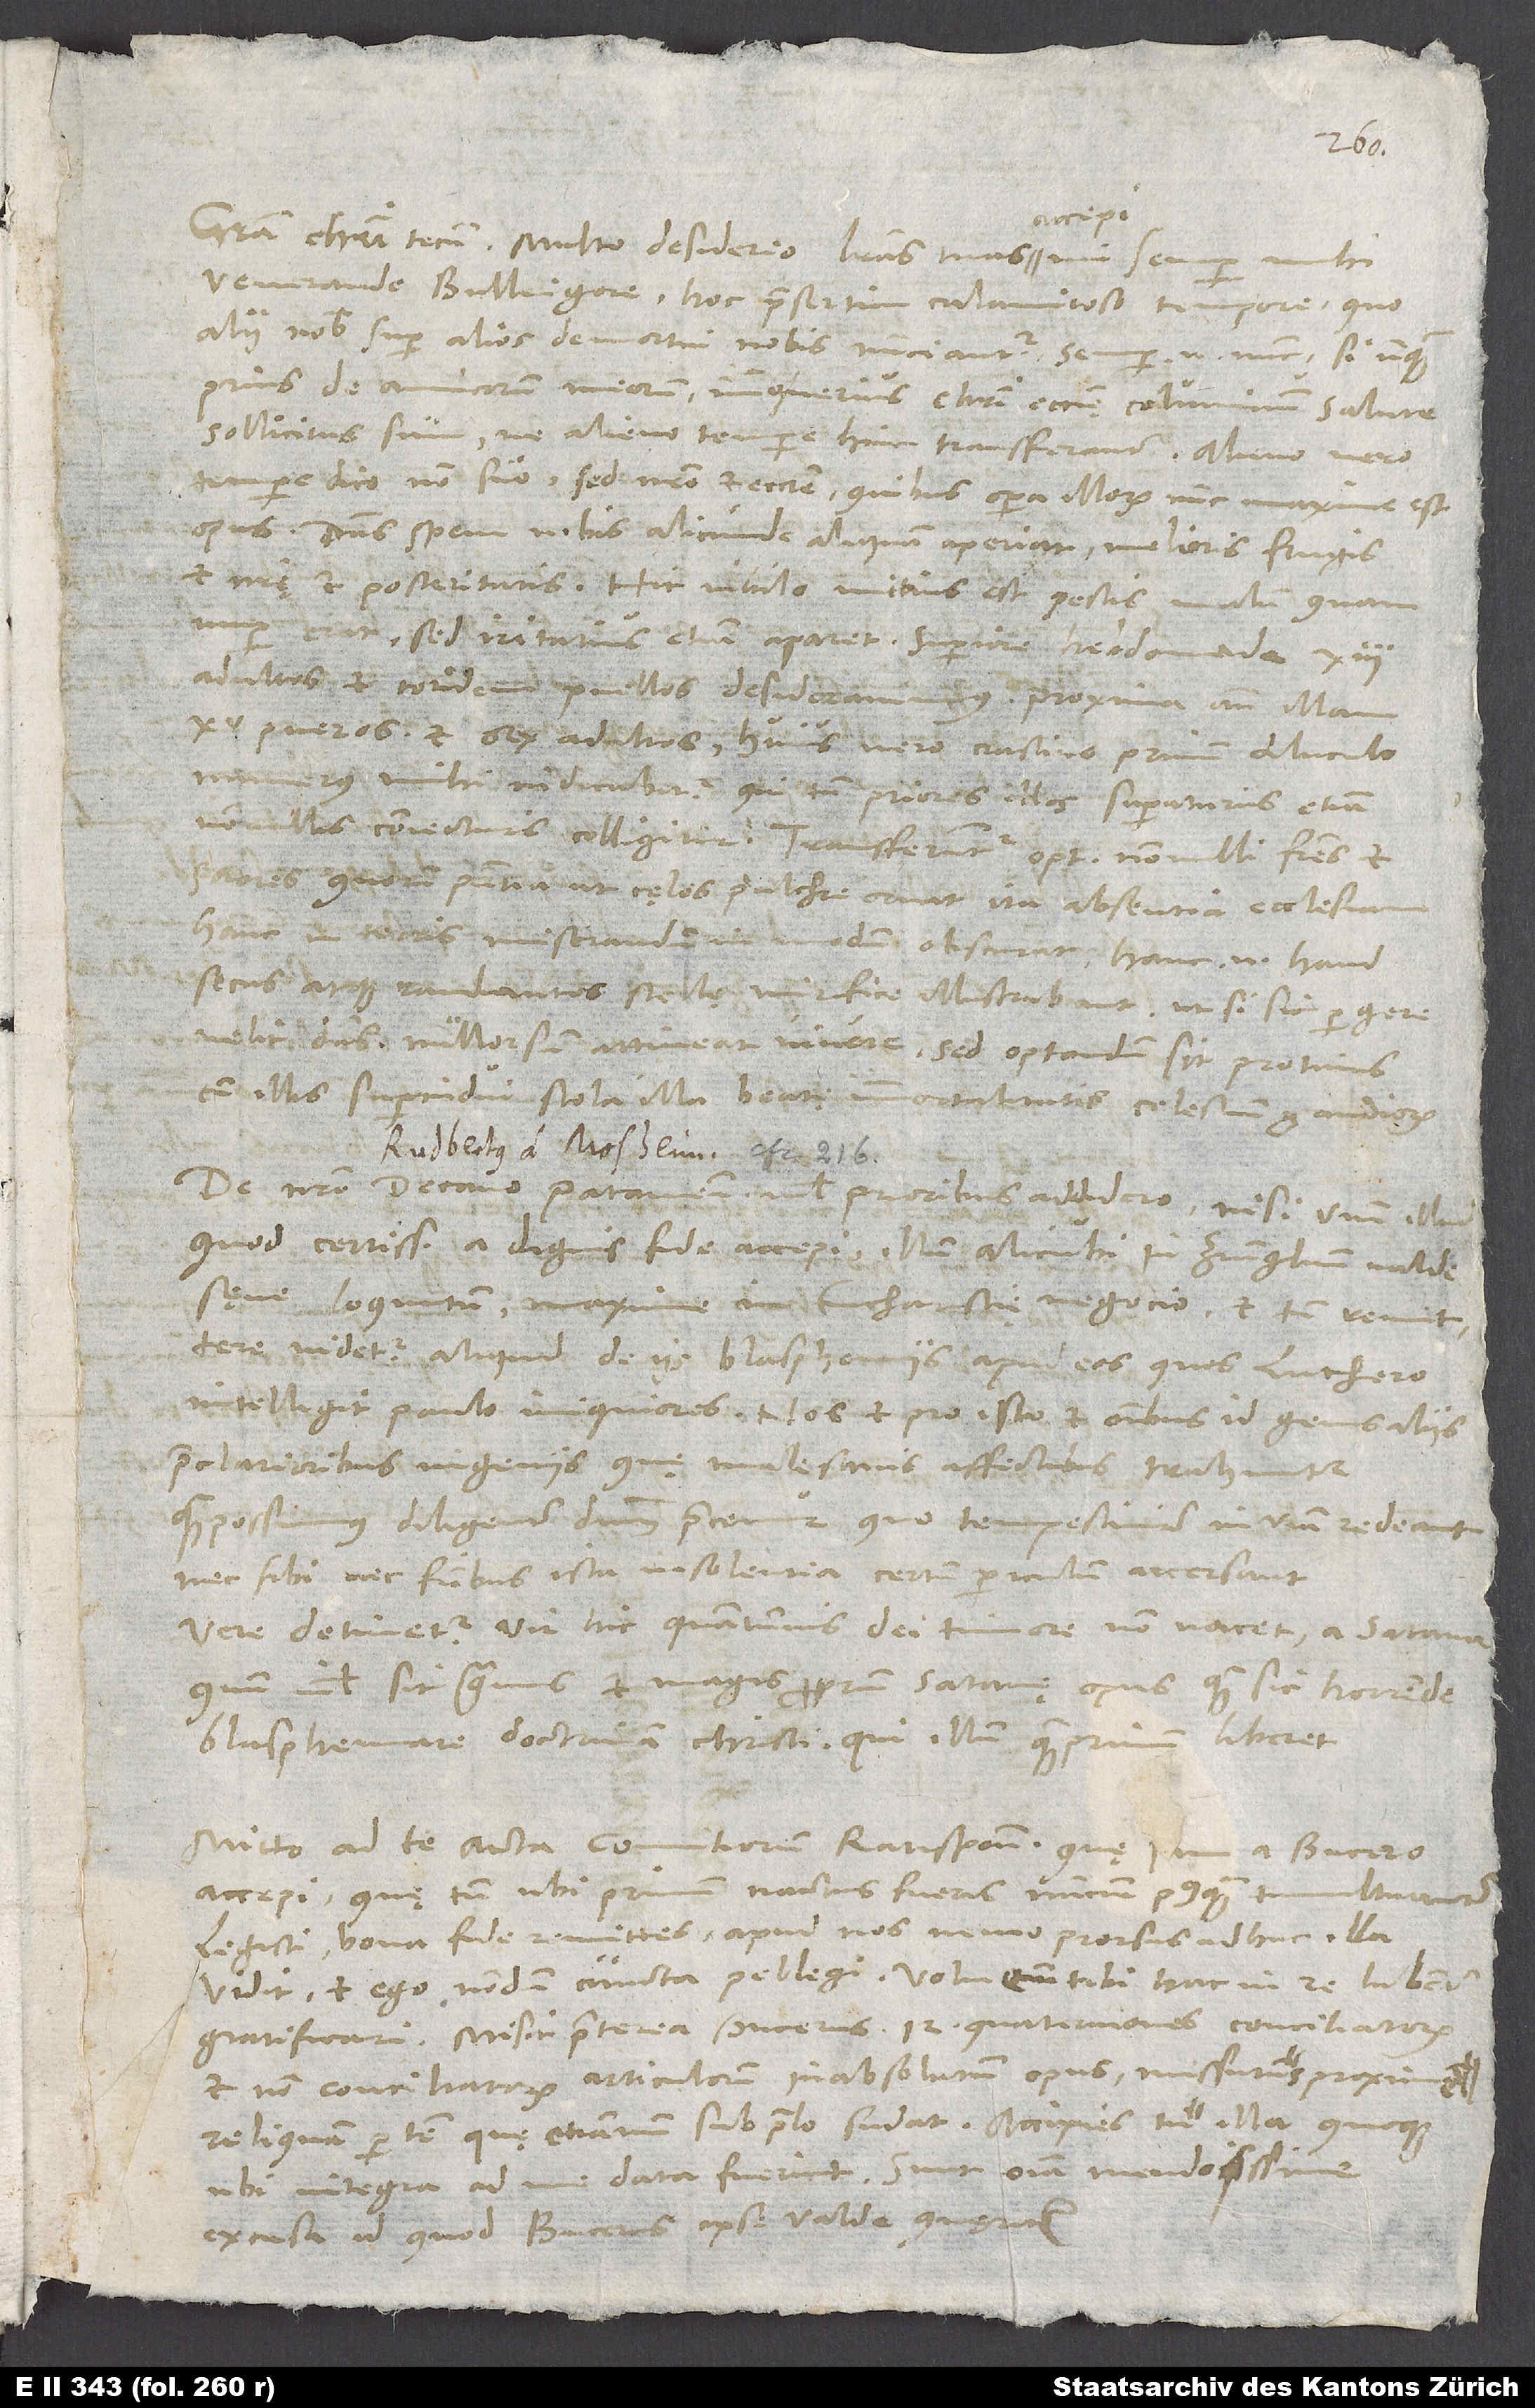
accepi,
venerande Bullingere, hoc praesertim calamitoso tempore, quo
alii nobis super alios demortui nobis nunciantur. Semper enim nunc, si unquam
prius, de amicorum meorum, immo verius Christi ecclesię columinum salute
sollicitus sum, ne alieno tempore hinc transferantur. Alieno vero
tempore dico non suo, sed nostro et ecclesię, quibus opera illorum nunc maxime est
opus. Dominus spem nobis alicunde aliquam aperiat melioris frugis
nuper erat, sed iritatius etiam aparet. Superiore hebdomada 13
adultos et totidem puellos desideravimus; proxima ante illam
pueros et sex adultos; huius vero crastino primum diluculo
numerus mihi indicabitur, qui tamen priores illos superaturus etiam
nonnullis coniecturis colligitur. Transferuntur optimi nonnulli fratres et
sorores, quorum praesentia ut cęlos pulchre ornat, ita absentia ecclesiam
hanc in terris miserandum in modum obscurat; hanc enim haud
secus atque radiantes stellę mirifice illustrabant, ut, si sic pergere
nullorsum attineat vivere, sed optandum sit protinus
cum illis superindui stola illa beatę immortalitatis celestium gaudiorum.
De nostro decano Pataviensi nihil prioribus addidero, nisi unum illud,
quod certiss a dignis fide accepi illum alicubi in Zvinglium valde
sęve loquutum, maxime in eucharistię negocio, et tamen remittere
videtur aliquid de iis blasphemiis apud eos, quos Luthero
praeclarioribus ingeniis, quę malesanis affectibus trahuntur,
quam possumus, diligenter dominum precemur, quo tempestiviter in viam redeant
nec sibi nec fratribus ista insolentia certum periculum accersant.
Vere detinetur vir hic, quantumvis dei timore non vacet, a satana,
quum nihil sit gravius et magis proprium satanę opus quam sic horrende
blasphemare doctrinam Christi, qui illum quam primum liberet.
Mitto ad te acta comitiorum Ratisponensium, quę iam a Bucero
accepi, quę tamen, ubi primum nactus fueris nuncium, postquam tumultuanter
legisti, bona fide remittes. Apud nos nemo prorsus adhuc illa
vidit, et ego nondum cuncta pellegi; volui enim tibi hac in re lubenter
gratificari. Misit praeterea Bucerus 12 quaterniones conciliatorum
et non conciliatorum articulorum, inabsolutum opus, missurus proxime
reliquam partem, quę etiamnum sub prelo sudat. Accipies tu illa quoque,
ubi integra ad me data fuerint; sunt omnia mendosissime
excusa, id quod Bucerus ipse valde quęritur.